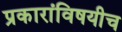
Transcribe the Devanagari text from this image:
प्रकारांविषयीच